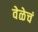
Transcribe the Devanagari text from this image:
वेळेचं